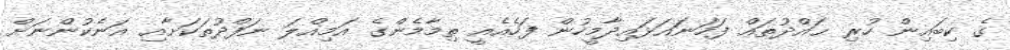
ގެ ކިބައިން ހުރި ޙައްދުތައް ފަހަނައަޅައިދާމީހުން ފަހެއެއީ ތިމާމެންގެ އަމިއްލަ ނަފްދުތަކަށާއި އަނެކުންނަށް